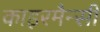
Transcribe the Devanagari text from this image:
काइरमैन्सी